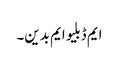
ایم ڈبلیو ایم بدین۔